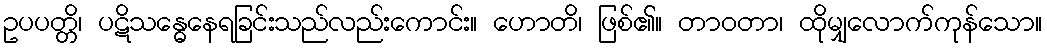
ဥပပတ္တိ၊ ပဋိသန္ဓေနေရခြင်းသည်လည်းကောင်း။ ဟောတိ၊ ဖြစ်၏။ တာဝတာ၊ ထိုမျှလောက်ကုန်သော။